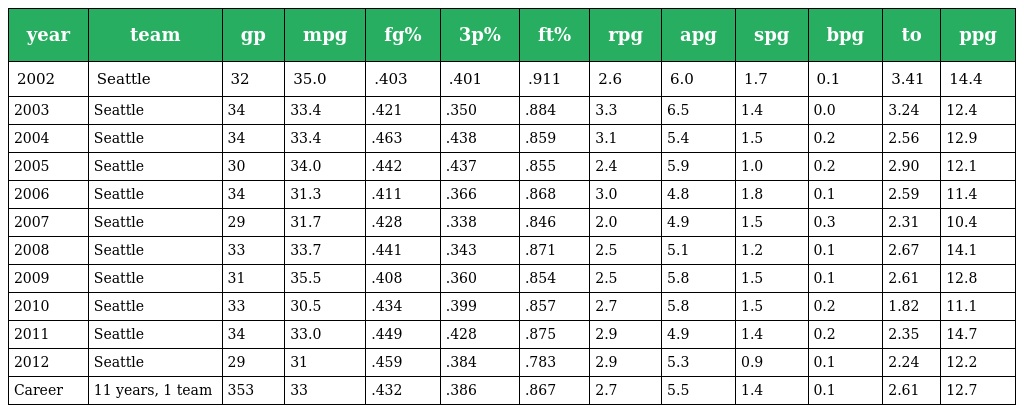
| year | team | gp | mpg | fg% | 3p% | ft% | rpg | apg | spg | bpg | to | ppg |
 | --- | --- | --- | --- | --- | --- | --- | --- | --- | --- | --- | --- | --- |
 | 2002 | Seattle | 32 | 35.0 | .403 | .401 | .911 | 2.6 | 6.0 | 1.7 | 0.1 | 3.41 | 14.4 |
 | 2003 | Seattle | 34 | 33.4 | .421 | .350 | .884 | 3.3 | 6.5 | 1.4 | 0.0 | 3.24 | 12.4 |
 | 2004 | Seattle | 34 | 33.4 | .463 | .438 | .859 | 3.1 | 5.4 | 1.5 | 0.2 | 2.56 | 12.9 |
 | 2005 | Seattle | 30 | 34.0 | .442 | .437 | .855 | 2.4 | 5.9 | 1.0 | 0.2 | 2.90 | 12.1 |
 | 2006 | Seattle | 34 | 31.3 | .411 | .366 | .868 | 3.0 | 4.8 | 1.8 | 0.1 | 2.59 | 11.4 |
 | 2007 | Seattle | 29 | 31.7 | .428 | .338 | .846 | 2.0 | 4.9 | 1.5 | 0.3 | 2.31 | 10.4 |
 | 2008 | Seattle | 33 | 33.7 | .441 | .343 | .871 | 2.5 | 5.1 | 1.2 | 0.1 | 2.67 | 14.1 |
 | 2009 | Seattle | 31 | 35.5 | .408 | .360 | .854 | 2.5 | 5.8 | 1.5 | 0.1 | 2.61 | 12.8 |
 | 2010 | Seattle | 33 | 30.5 | .434 | .399 | .857 | 2.7 | 5.8 | 1.5 | 0.2 | 1.82 | 11.1 |
 | 2011 | Seattle | 34 | 33.0 | .449 | .428 | .875 | 2.9 | 4.9 | 1.4 | 0.2 | 2.35 | 14.7 |
 | 2012 | Seattle | 29 | 31 | .459 | .384 | .783 | 2.9 | 5.3 | 0.9 | 0.1 | 2.24 | 12.2 |
 | Career | 11 years, 1 team | 353 | 33 | .432 | .386 | .867 | 2.7 | 5.5 | 1.4 | 0.1 | 2.61 | 12.7 |